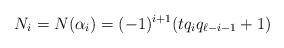
LaTeX: \begin{align*} N_i=N(\alpha_i)=(-1)^{i+1}(tq_iq_{\ell-i-1}+1) \end{align*}